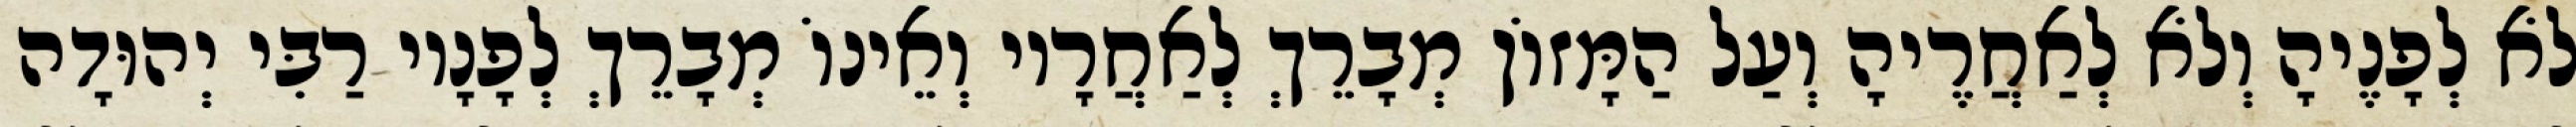
לֹא לְפָנֶיהָ וְלֹא לְאַחֲרֶיהָ וְעַל הַמָּזוֹן מְבָרֵךְ לְאַחֲרָיו וְאֵינוֹ מְבָרֵךְ לְפָנָיו רַבִּי יְהוּדָה